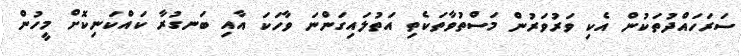
ސަރަހައްދުތަކުން އެކި ވަރުވަރުން މަސްތުވާތަކެތި އަތުލައިގަންނަ ވާހަކަ އާއި ބަނގުރާ ކައްކަނިކޮށް މީހުން